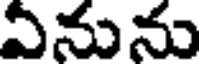
ఏనును